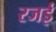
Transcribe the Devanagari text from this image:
रजई